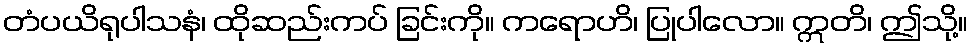
တံပယိရုပါသနံ၊ ထိုဆည်းကပ် ခြင်းကို။ ကရောဟိ၊ ပြုပါလော။ ဣတိ၊ ဤသို့။